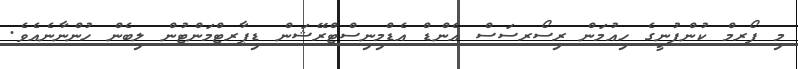
މި ފޯރމް ކުންފުނީގެ ހިއުމަން ރިސޯރސަސް އެންޑް އެޑްމިނިސްޓްރޭޝަން ޑިޕާރޓްމަންޓުން ލިބެން ހުންނާނެއެވެ.